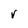
Character: V